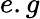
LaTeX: e.g